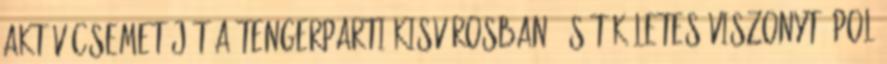
aktív csemetéjét a tengerparti kisvárosban, és tökéletes viszonyt ápol